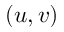
( u , v )